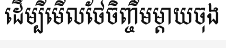
ដើម្បីមើលថែចិញ្ចឹមម្តាយចុង